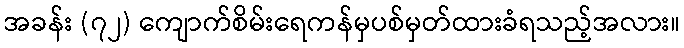
အခန်း (၇၂) ကျောက်စိမ်းရေကန်မှပစ်မှတ်ထားခံရသည့်အလား။